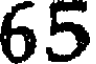
65